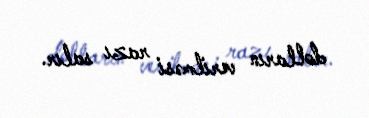
dolların verilməsi razı salır.